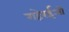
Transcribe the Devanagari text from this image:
गहेरईओं